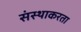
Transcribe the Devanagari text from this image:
संस्थाकरता